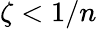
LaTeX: \zeta<1/n